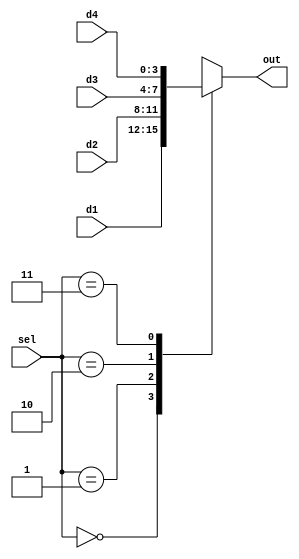
`timescale 1ns / 1ps
//////////////////////////////////////////////////////////////////////////////////
// Company: 
// Engineer: 
// 
// Design Name: 
// Module Name: sevenSegment
// Project Name: 
// Target Devices: 
// Tool Versions: 
// Description: 
// 
// Dependencies: 
// 
// Revision:
// Revision 0.01 - File Created
// Additional Comments:
// 
//////////////////////////////////////////////////////////////////////////////////

module mux4 (
    input [1:0] sel,
    input [3:0] d1,
    input [3:0] d2,
    input [3:0] d3,
    input [3:0] d4,
    output reg [3:0] out
);

  always @(*) begin
    case (sel)
      2'b00: out = d1;
      2'b01: out = d2;
      2'b10: out = d3;
      2'b11: out = d4;
    endcase
  end

endmodule

module decoder4 (
    input [1:0] in,
    output reg [3:0] out
);

  always @(in) begin
    case (in)
      2'b00: out = 4'b0001;
      2'b01: out = 4'b0010;
      2'b10: out = 4'b0100;
      2'b11: out = 4'b1000;
    endcase
  end

endmodule

module sevenSegDecoder (
    input [3:0] in,
    output reg [6:0] out
);
  always @(in)
    case (in)
      4'b0001: out = 7'b1111001;  // 1
      4'b0010: out = 7'b0100100;  // 2
      4'b0011: out = 7'b0110000;  // 3
      4'b0100: out = 7'b0011001;  // 4
      4'b0101: out = 7'b0010010;  // 5
      4'b0110: out = 7'b0000010;  // 6
      4'b0111: out = 7'b1111000;  // 7
      4'b1000: out = 7'b0000000;  // 8
      4'b1001: out = 7'b0010000;  // 9
      4'b1010: out = 7'b0001000;  // A
      4'b1011: out = 7'b0000011;  // b
      4'b1100: out = 7'b1000110;  // C
      4'b1101: out = 7'b0100001;  // d
      4'b1110: out = 7'b0000110;  // E
      4'b1111: out = 7'b0001110;  // F
      default: out = 7'b1000000;  // 0
    endcase

endmodule

module counter #(
    parameter N = 4
) (
    input clk,
    output reg [N-1:0] val
);

  always @(posedge clk) begin
    val <= val + 1;
  end

endmodule

module SevenSegment (
    input clk,
    input [3:0] d0,
    input [3:0] d1,
    input [3:0] d2,
    input [3:0] d3,
    output [6:0] seg,
    output [3:0] an
);

  localparam cnt_bits = 19;

  wire [cnt_bits-1:0] cnt;
  wire [1:0] active;
  wire [3:0] enb;
  wire [3:0] activeDigit;

  counter #(cnt_bits) c (
      clk,
      cnt
  );
  decoder4 dec (
      active,
      enb
  );
  mux4 mx (
      active,
      d3,
      d2,
      d1,
      d0,
      activeDigit
  );
  sevenSegDecoder sseg (
      activeDigit,
      seg
  );

  assign active = cnt[cnt_bits-1:cnt_bits-2];
  assign an = ~enb;
endmodule